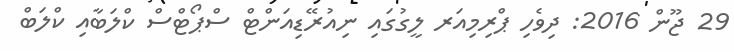
29 ޖޫން 2016: ދިވެހި ޕްރިމިއަރ ލީގުގައި ނިއުރޭޑިއަންޓް ސްޕޯޓްސް ކްލަބާއި ކްލަބް